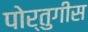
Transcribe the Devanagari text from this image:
पोर्तुगीस